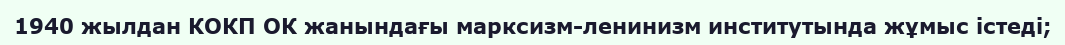
1940 жылдан КОКП ОК жанындағы марксизм-ленинизм институтында жұмыс істеді;